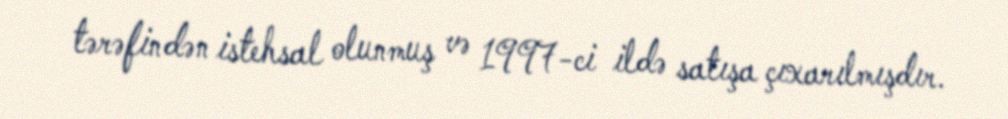
tərəfindən istehsal olunmuş və 1997-ci ildə satışa çıxarılmışdır.